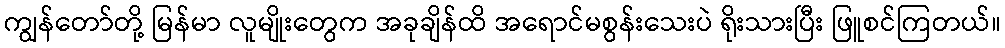
ကျွန်တော်တို့ မြန်မာ လူမျိုးတွေက အခုချိန်ထိ အရောင်မစွန်းသေးပဲ ရိုးသားပြီး ဖြူစင်ကြတယ်။